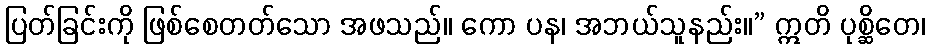
ပြတ်ခြင်းကို ဖြစ်စေတတ်သော အဖသည်။ ကော ပန၊ အဘယ်သူနည်း။” ဣတိ ပုစ္ဆိတေ၊